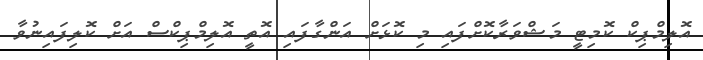
އޮލިމްޕިކް ކޮމިޓީ މަޝްވަރާކޮށްފައި މި ކޮޅަށް އަންގާފައި އޮތީ އޮލިމްޕިކްސް އަށް ކޮލިފައިނުވާ